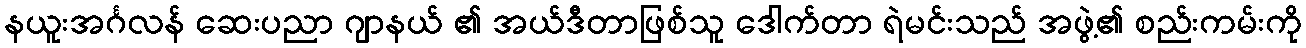
နယူးအင်္ဂလန် ဆေးပညာ ဂျာနယ် ၏ အယ်ဒီတာဖြစ်သူ ဒေါက်တာ ရဲမင်းသည် အဖွဲ့၏ စည်းကမ်းကို